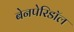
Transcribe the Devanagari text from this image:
बेनपेरिडॉल